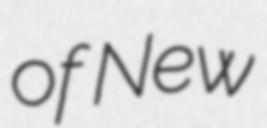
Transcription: of New